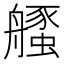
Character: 𱽃